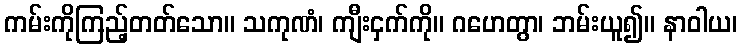
ကမ်းကိုကြည့်တတ်သော။ သကုဏံ၊ ကျီးငှက်ကို။ ဂဟေတွာ၊ ဘမ်းယူ၍။ နာဝါယ၊